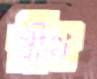
রীথ